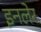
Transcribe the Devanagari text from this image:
इनलेर